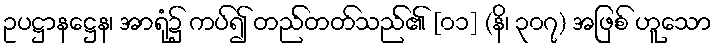
ဥပဋ္ဌာနဋ္ဌေန၊ အာရုံ၌ ကပ်၍ တည်တတ်သည်၏ [၀၁] (နိ၊ ၃၀၇) အဖြစ် ဟူသော